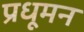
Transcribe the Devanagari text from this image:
प्रधूमन